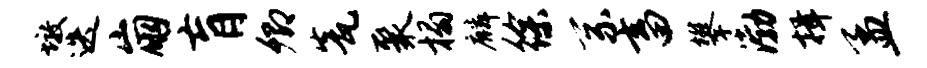
墩迭崩肓卿瓮聚榻麟徐系畜攀渤揖孟